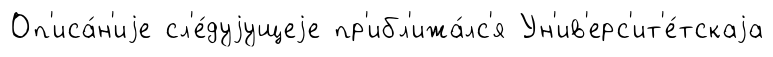
Оп'иса́н'иjе сл'е́дуjущеjе пр'ибл'ижа́лс'я Ун'ив'ерс'ит'е́тскаjа